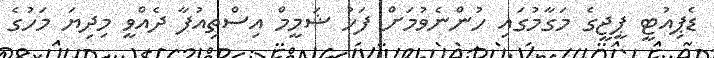
ޑެޕިއުޓީ ޕީޖީގެ މަގާމުގައި ހުންނެވުމަށް ފަހު ޝަމީމް އިސްތިއުފާ ދެއްވީ މިދިޔަ މަހުގެ